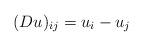
LaTeX: \begin{align*}(D u)_{ij}=u_i-u_j\end{align*}